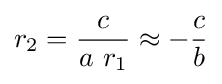
r_{2}={\frac {c}{a\ r_{1}}}\approx -{\frac {c}{b}}